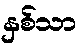
နှစ်သာ